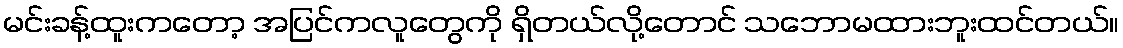
မင်းခန့်ထူးကတော့ အပြင်ကလူတွေကို ရှိတယ်လို့တောင် သဘောမထားဘူးထင်တယ်။